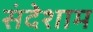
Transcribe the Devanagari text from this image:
संदेशाम